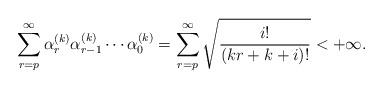
LaTeX: \begin{align*}\sum_{r=p}^{\infty}\alpha^{(k)}_{r}\alpha^{(k)}_{r-1}\cdots\alpha^{(k)}_{0} = \sum_{r=p}^{\infty} \sqrt{\frac{i!}{(kr+k+i)!}}<+\infty. \end{align*}